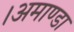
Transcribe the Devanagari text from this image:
।अमाण्डा